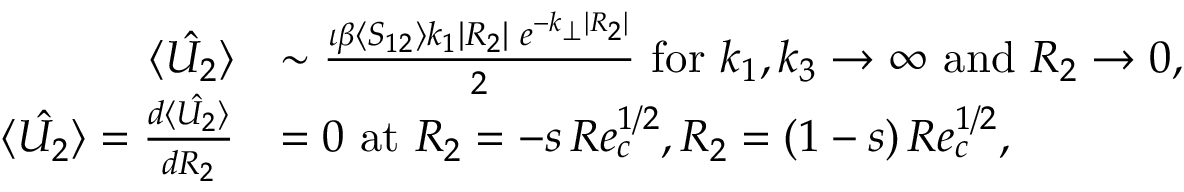
\begin{array} { r l } { \hat { \langle U _ { 2 } \rangle } } & { \sim \frac { \iota \beta \langle S _ { 1 2 } \rangle k _ { 1 } | R _ { 2 } | \, \, e ^ { - k _ { \perp } | R _ { 2 } | } } { 2 } \mathrm { ~ f o r ~ } k _ { 1 } , k _ { 3 } \to \infty \mathrm { ~ a n d ~ } R _ { 2 } \rightarrow 0 , } \\ { \hat { \langle U _ { 2 } \rangle } = \frac { d \hat { \langle U _ { 2 } \rangle } } { d R _ { 2 } } } & { = 0 \mathrm { ~ a t ~ } R _ { 2 } = - s \, R e _ { c } ^ { 1 / 2 } , R _ { 2 } = ( 1 - s ) \, R e _ { c } ^ { 1 / 2 } , } \end{array}